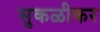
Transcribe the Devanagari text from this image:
सुकळीकर